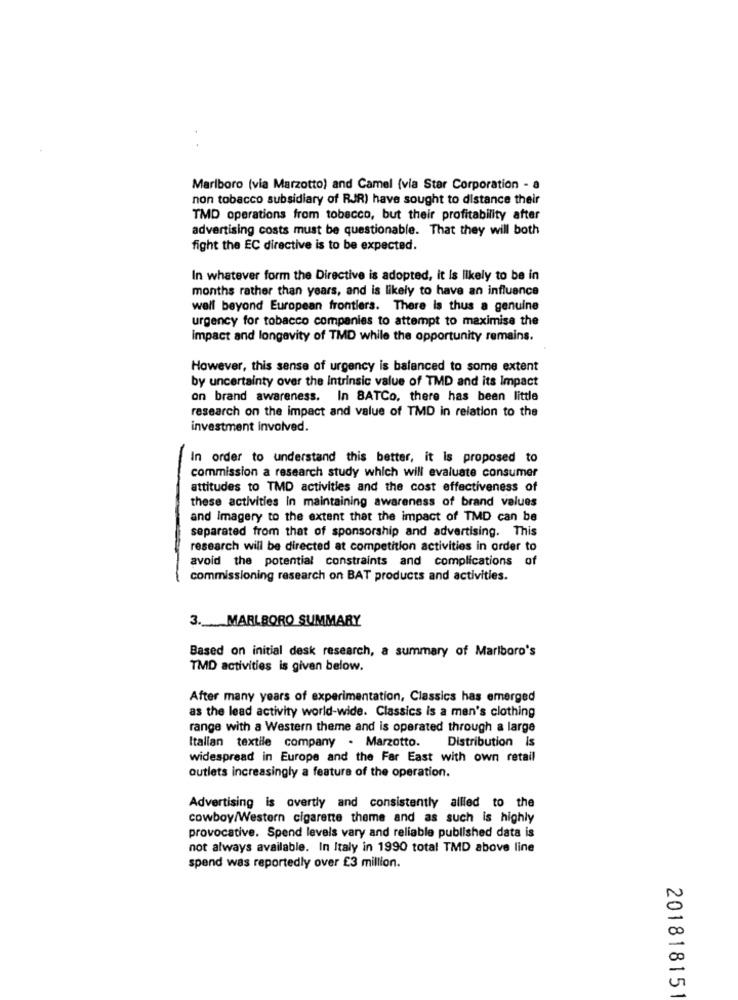
Marlboro (via Marzotto) and Camel (via Star Corporation - a
non tobacco subsidiary of RJR) have sought to distance their
TMD operations from tobacco, but their profitability after
advertising costs must be questionable. That they will both
fight the EC directive is to be expected.
In whatever form the Directive is adopted, it Is likely to be in
months rather than years, and is likely to have an influence
well beyond European frontiers. There is thus a genuine
urgency for tobacco companies to attempt to maximise the
Impact and longevity of TMD while the opportunity remains.
However, this sense of urgency is balanced to some extent
by uncertainty over the Intrinsic value of TMD and its Impact
on brand awareness. In BATCo, there has been little
research on the impact and value of TMD in relation to the
investment involved.
In order to understand this better, it is proposed to
commission a research study which will evaluate consumer
attitudes to TMD activities and the cost effectiveness of
these activities In maintaining awareness of brand values
and imagery to the extent that the impact of TMD can be
separated from that of sponsorship and advertising. This
research will be directed at competition activities in order to
avoid the potential constraints and complications of
commissioning research on BAT products and activities.
3. MARLBORO SUMMARY
Based on initial desk research, a summary of Marlboro's
TMD activities is given below.
After many years of experimentation, Classics has emerged
as the lead activity world-wide. Classics Is a men's clothing
range with a Western theme and is operated through a large
Distribution Is
Italian textile company . Marzotto.
widespread in Europe and the Far East with own retail
outlets increasingly a feature of the operation.
Advertising is overtly and consistently allled to the
cowboy/Western cigarette theme and as such is highly
provocative. Spend levels vary and reliable published data is
not always available. In Italy in 1990 total TMD above line
spend was reportedly over £3 million.
N
00
20181815